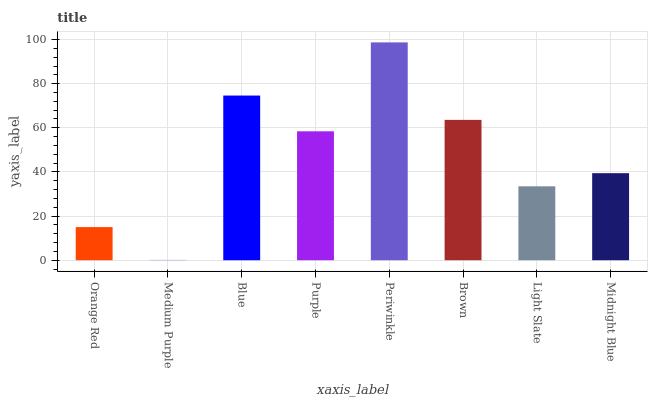
| xaxis_label | bars |
 | --- | --- |
 | Orange Red | 15 |
 | Medium Purple | 0.141 |
 | Blue | 74.6 |
 | Purple | 58.4 |
 | Periwinkle | 98.7 |
 | Brown | 63.6 |
 | Light Slate | 33.5 |
 | Midnight Blue | 39.4 |